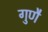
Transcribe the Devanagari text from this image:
गुणै